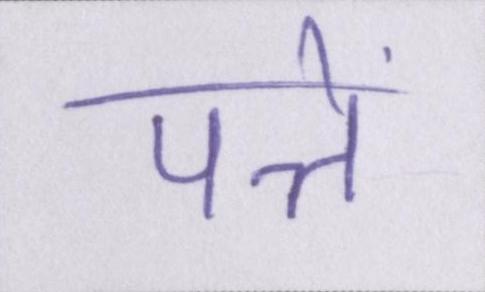
पत्ते